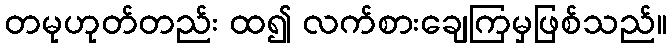
တမုဟုတ်တည်း ထ၍ လက်စားချေကြမှဖြစ်သည်။